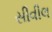
સીવીલ